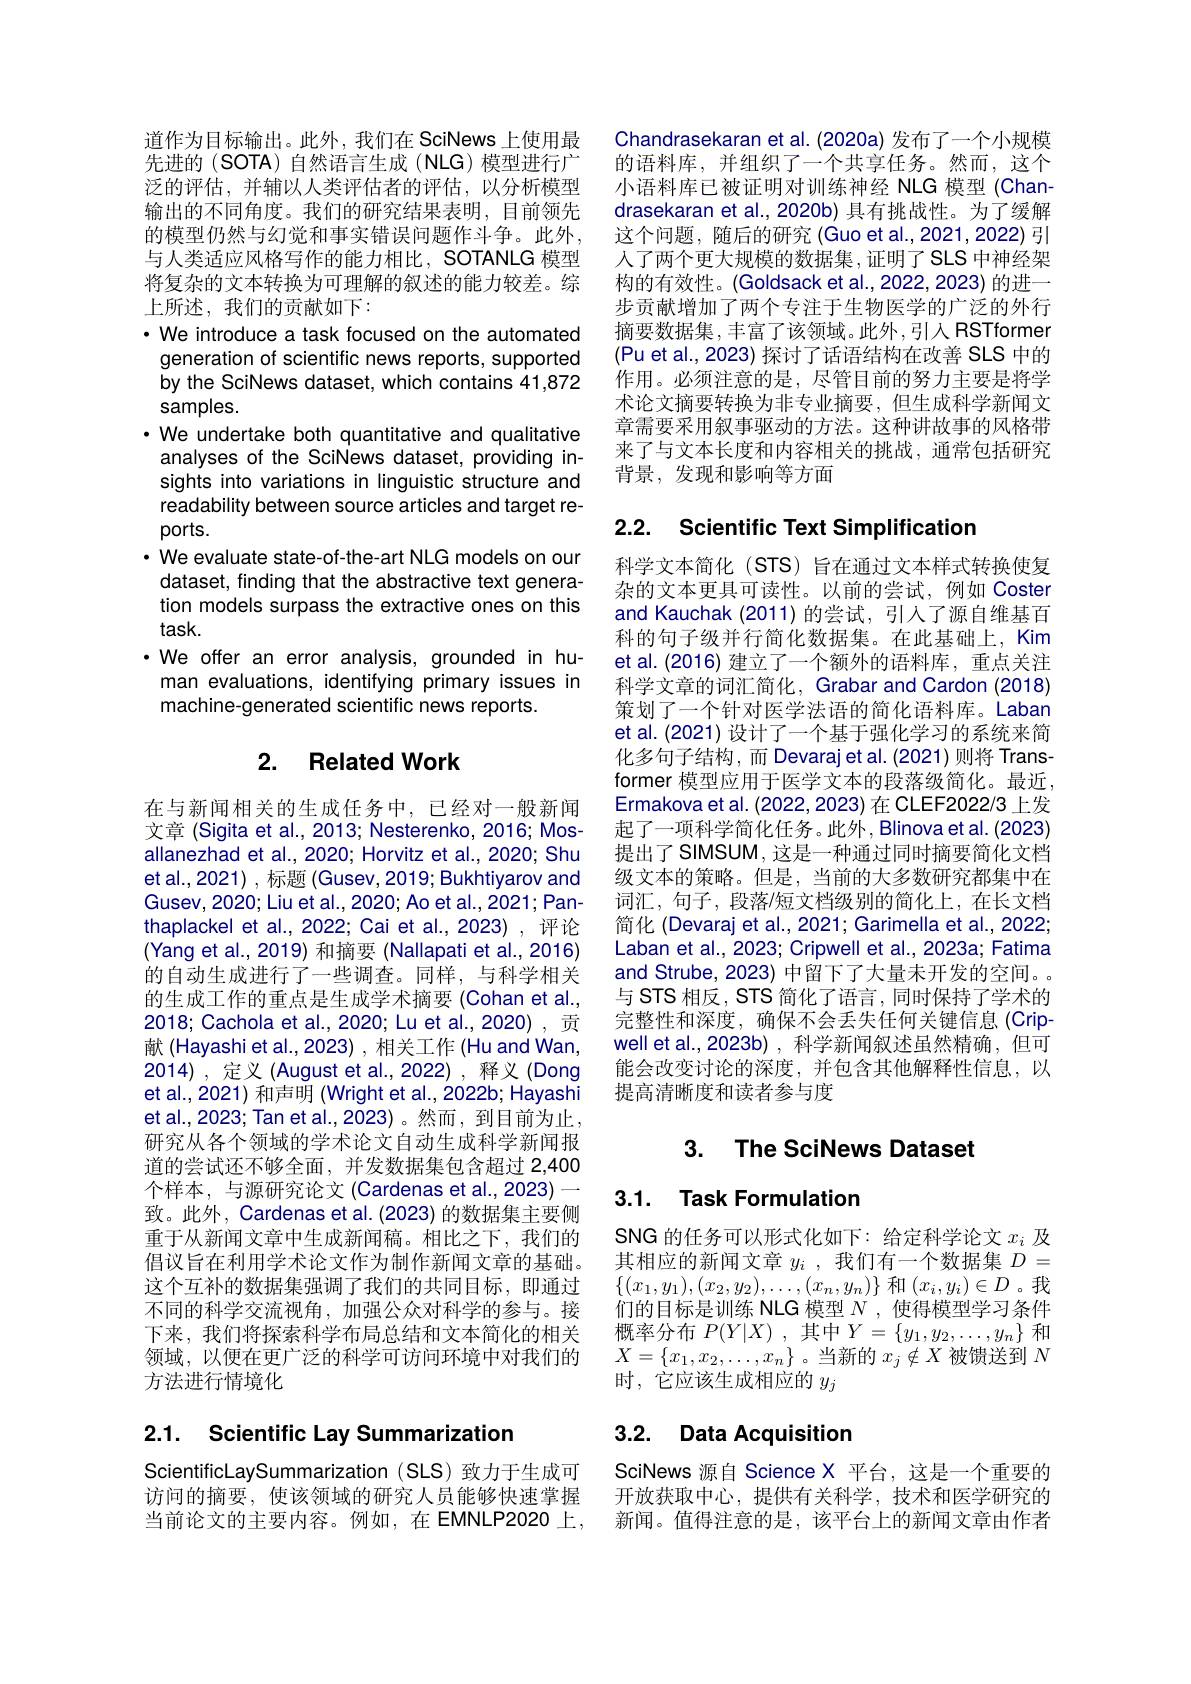
道作为目标输出。此外，我们在 SciNews 上使用最先进的 (SOTA) 自然语言生成 (NLG) 模型进行广泛的评估，并辅以人类评估者的评估，以分析模型输出的不同角度。我们的研究结果表明，目前领先的模型仍然与幻觉和事实错误问题作斗争。此外， 与人类适应风格写作的能力相比，SOTANLG 模型将复杂的文本转换为可理解的叙述的能力较差。综上所述，我们的贡献如下：
$\cdot$ We introduce a task focused on the automated generation of scientific news reports, supported by the SciNews dataset, which contains 41,872 samples.
· We undertake both quantitative and qualitative
analyses of the SciNews dataset, providing insights into variations in linguistic structure and readability between source articles and target reports.
$\cdot$ We evaluate state-of-the-art NLG models on our
dataset, finding that the abstractive text generation models surpass the extractive ones on this $task.$
$\cdot$ We offer an error analysis, grounded in hu-
man evaluations, identifying primary issues in
machine-generated scientific news reports.

## 2. Related Work

在与新闻相关的生成任务中，已经对一般新闻文章 (Sigita et al., 2013; Nesterenko, 2016; Mosallanezhad et al., 2020; Horvitz et al., 2020; Shu et al., 2021) , 标题 (Gusev, 2019; Bukhtiyarov and Gusev, 2020; Liu et al., 2020; Ao et al., 2021; Panthaplackel et al., 2022; Cai et al., 2023) , 评论(Yang et al., 2019) 和摘要 (Nallapati et al., 2016) 的自动生成进行了一些调查。同样，与科学相关的生成工作的重点是生成学术摘要 (Cohan et al., 2018; Cachola et al., 2020; Lu et al., 2020) , 贡献 (Hayashi et al.,2023) , 相关工作 (Hu and Wan, 2014),定义(August et al.,2022),释义(Dong et al., 2021) 和声明 (Wright et al., 2022b; Hayashi et al.,2023; Tan et al.,2023)。然而，到目前为止研究从各个领域的学术论文自动生成科学新闻报道的尝试还不够全面，并发数据集包含超过 2,400个样本，与源研究论文 (Cardenas et al., 2023)一致。此外，Cardenas et al. (2023) 的数据集主要侧重于从新闻文章中生成新闻稿。相比之下，我们的倡议旨在利用学术论文作为制作新闻文章的基础。这个互补的数据集强调了我们的共同目标，即通过不同的科学交流视角，加强公众对科学的参与。接下来，我们将探索科学布局总结和文本简化的相关领域，以便在更广泛的科学可访问环境中对我们的方法进行情境化

# 2.1. Scientific Lay Summarization

ScientificLaySummarization (SLS) 致力于生成可访问的摘要，使该领域的研究人员能够快速掌握当前论文的主要内容。例如，在 EMNLP2020 上，

Chandrasekaran et al. (2020a) 发布了一个小规模的语料库，并组织了一个共享任务。然而，这个小语料库已被证明对训练神经 NLG 模型 (Chandrasekaran et al., 2020b) 具有挑战性。为了缓解这个问题，随后的研究 (Guo et al.,2021,2022) 引人了两个更大规模的数据集，证明了SLS 中神经架构的有效性。(Goldsack et al.,2022,2023) 的进一步贡献增加了两个专注于生物医学的广泛的外行摘要数据集，丰富了该领域。此外，引入 RSTformer (Pu et al., 2023) 探讨了话语结构在改善 SLS 中的作用。必须注意的是，尽管目前的努力主要是将学术论文摘要转换为非专业摘要，但生成科学新闻文章需要采用叙事驱动的方法。这种讲故事的风格带来了与文本长度和内容相关的挑战，通常包括研究背景，发现和影响等方面

## 2.2. Scientific Text Simplificatior

科学文本简化(STS)旨在通过文本样式转换使复杂的文本更具可读性。以前的尝试，例如 Coster and Kauchak (2011)的尝试，引入了源自维基百科的句子级并行简化数据集。在此基础上，Kim et al.(2016) 建立了一个额外的语料库，重点关注科学文章的词汇简化，Grabar and Cardon (2018) 策划了一个针对医学法语的简化语料库。Laban et al. (2021) 设计了一个基于强化学习的系统来简化多句子结构，而 Devaraj et al.(2021)则将 Transformer 模型应用于医学文本的段落级简化。最近， Ermakova et al. (2022, 2023) 在 CLEF2022/3 上发起了一项科学简化任务。此外，Blinova et al. (2023) 提出了 SIMSUM, 这是一种通过同时摘要简化文档级文本的策略。但是，当前的大多数研究都集中在词汇，句子，段落/短文档级别的简化上，在长文档简化 (Devaraj et al., 2021; Garimella et al., 2022; Laban et al., 2023; Cripwell et al., 2023a; Fatima and Strube, 2023) 中留下了大量未开发的空间。与 STS 相反，STS 简化了语言，同时保持了学术的完整性和深度，确保不会丢失任何关键信息(Cripwell et al., 2023b) , 科学新闻叙述虽然精确 ,但可能会改变讨论的深度，并包含其他解释性信息，以提高清晰度和读者参与度

## 3. The SciNews Dataset

## 3.1. Task Formulation

SNG 的任务可以形式化如下：给定科学论文$x_i$及其相应的新闻文章$y_i$ ,我们有一个数据集$D=$ $\{(x_1,y_1),(x_2,y_2),\ldots,(x_n,y_n)\}$ 和$(x_i,y_i)\in D$。我们的目标是训练 NLG 模型$N$ ,使得模型学习条件概率分布$P( Y| X)$ ,其中$Y=\{y_1,y_2,\ldots,y_n\}$和$X=\{x_1,x_2,\ldots,x_n\}$。当新的$x_j\notin X$被馈送到$N$ 时，它应该生成相应的$y_j$

# 3.2. Data Acquisition

SciNews 源自 Science X 平台，这是一个重要的开放获取中心，提供有关科学，技术和医学研究的新闻。值得注意的是，该平台上的新闻文章由作者